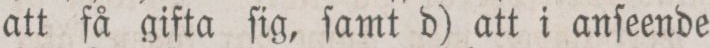
att få gifta ſig, ſamt d) att i anſeende